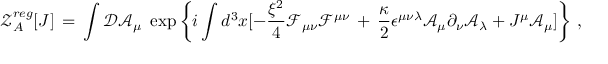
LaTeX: { \mathcal Z } _ { A } ^ { r e g } [ J ] \, = \, \int { \mathcal D } { \mathcal A } _ { \mu } \, \, \exp \left\{ i \int d ^ { 3 } x [ - \frac { \xi ^ { 2 } } { 4 } { \mathcal F } _ { \mu \nu } { \mathcal F } ^ { \mu \nu } \, + \, \frac { \kappa } { 2 } \epsilon ^ { \mu \nu \lambda } { \mathcal A } _ { \mu } \partial _ { \nu } { \mathcal A } _ { \lambda } + J ^ { \mu } { \mathcal A } _ { \mu } ] \right\} \, ,